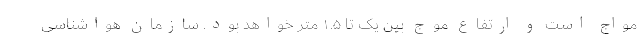
مواج است و ارتفاع موج بین یک تا ۱.۵ متر خواهد بود. سازمان هواشناسی